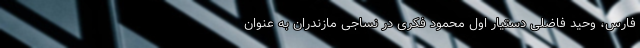
فارس، وحید فاضلی دستیار اول محمود فکری در نساجی مازندران به عنوان